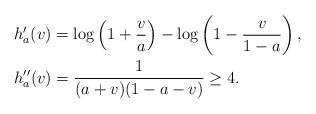
LaTeX: \begin{align*}&h_a'(v) = \log\left( 1 + \frac va \right) - \log\left(1 - \frac{v}{1 - a} \right),\\&h_a''(v) = \frac1{(a + v)(1 - a - v)} \geq 4.\end{align*}